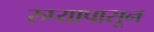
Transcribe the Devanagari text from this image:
रुप्यापासून